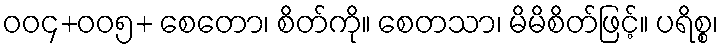
ဝဝ၄+ဝဝ၅+ စေတော၊ စိတ်ကို။ စေတသာ၊ မိမိစိတ်ဖြင့်။ ပရိစ္စ၊